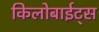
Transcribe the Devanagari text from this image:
किलोबाईट्स